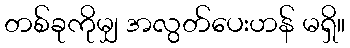
တစ်ခုကိုမျှ အလွတ်ပေးဟန် မရှိ။